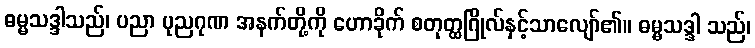
ဓမ္မသဒ္ဒါသည်၊ ပညာ ပုညဂုဏ အနက်တို့ကို ဟောခိုက် စတုတ္ထဂြိုလ်နှင့်သာလျော်၏။ ဓမ္မသဒ္ဒါ သည်၊